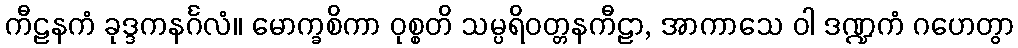
ကီဠနကံ ခုဒ္ဒကနင်္ဂလံ။ မောက္ခစိကာ ဝုစ္စတိ သမ္ပရိဝတ္တနကီဠာ, အာကာသေ ဝါ ဒဏ္ဍကံ ဂဟေတွာ